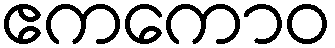
ဧကကောဝ